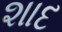
શાદ